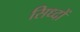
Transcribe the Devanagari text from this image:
सिध्दों